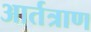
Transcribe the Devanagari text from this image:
आर्तत्राण